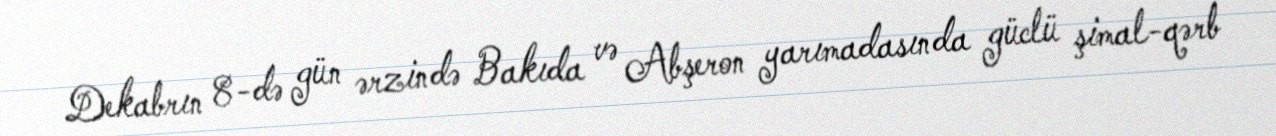
Dekabrın 8-də gün ərzində Bakıda və Abşeron yarımadasında güclü şimal-qərb